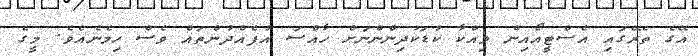
އޭގެ ތެރޭގައި އެސްޓީއޯއިން ވިއްކާ ކުޑަކުދިންންނަށް ހާއްސަ އުފެއްދުންތައް ވެސް ހިމެނެއެވެ. މީގެ